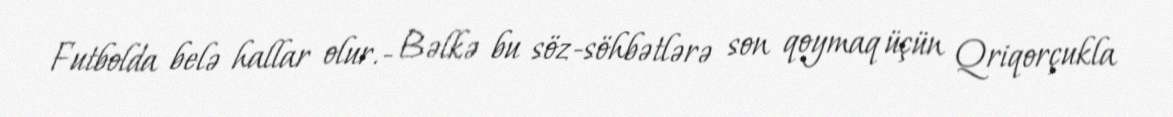
Futbolda belə hallar olur.- Bəlkə bu söz-söhbətlərə son qoymaq üçün Qriqorçukla